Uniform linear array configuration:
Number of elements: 12
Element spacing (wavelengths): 0.25
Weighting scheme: blackman
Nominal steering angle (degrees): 30
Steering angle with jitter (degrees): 28.187
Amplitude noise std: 0.05
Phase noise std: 0.05

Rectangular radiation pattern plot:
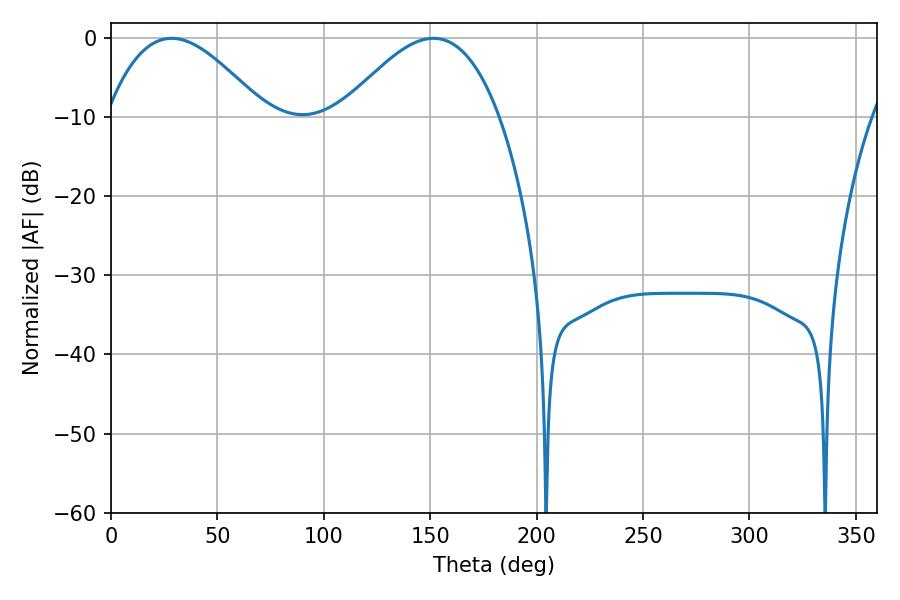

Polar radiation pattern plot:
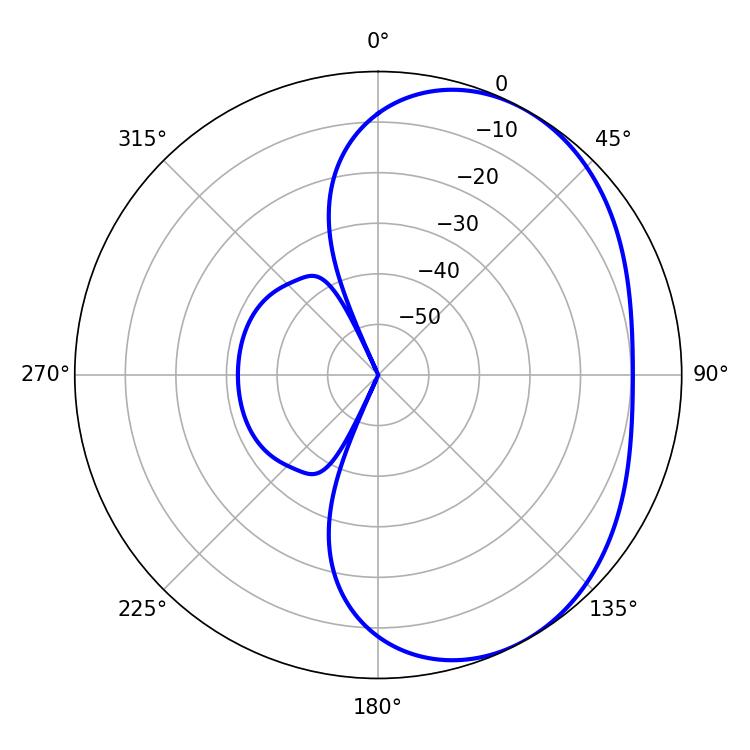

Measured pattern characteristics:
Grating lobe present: FALSE
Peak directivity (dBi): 3.78
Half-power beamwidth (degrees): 40.14
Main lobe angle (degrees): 28.44